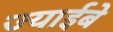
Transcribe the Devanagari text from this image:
ज्याईबे